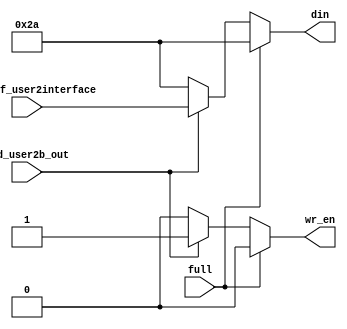
module write_b_out#(
    parameter PAYLOAD_BITS = 64
    )(
    input vld_user2b_out,
    input [PAYLOAD_BITS-1:0] din_leaf_user2interface,
    input full,
    
    output reg wr_en,
    output reg [PAYLOAD_BITS-1:0] din);
    
//    assign wr_en = (full) ? 0 : (vld_user2b_out) ? 1 : 0;
//    assign din = (full) ? 42 : (vld_user2b_out) ? din_leaf_user2interface : 42;

    always@(*) begin
        if(full) begin // can't push in to fifo
            wr_en = 0;
            din = 42; // random, because this data won't be written anyway
        end
        else begin
            if(vld_user2b_out) begin
                wr_en = 1;
                din = din_leaf_user2interface;
            end
            else begin
                wr_en = 0;
                din = 42; // random, because this data won't be written anyway
            end                
        end
    end

endmodule